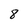
Character: 8